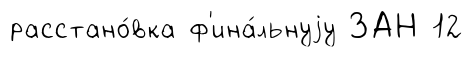
расстано́вка ф'ина́льнуjу ЗАН 12